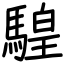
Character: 騜